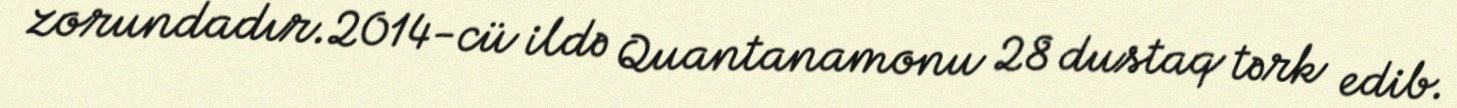
zorundadır.2014-cü ildə Quantanamonu 28 dustaq tərk edib.